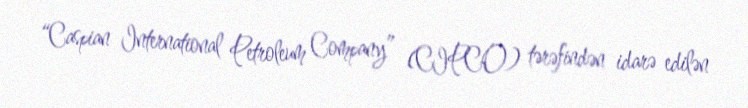
“Caspian International Petroleum Company” (CIPCO) tərəfindən idarə edilən